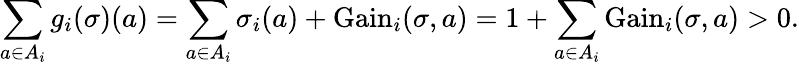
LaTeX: \sum_{a\in A_{i}}g_{i}(\sigma)(a)=\sum_{a\in A_{i}}\sigma_{i}(a)+{\mathrm{Gain}}_{i}(\sigma,a)=1+\sum_{a\in A_{i}}{\mathrm{Gain}}_{i}(\sigma,a)>0.